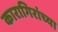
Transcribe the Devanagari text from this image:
कारागिरांच्या